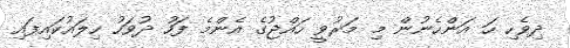
ދިވެހި ހަ އަންހެނުން މި މަރުވީ ހައްޖުގެ އެންމެ ފަހު ދުވަހު ހިލައުކައިފައި